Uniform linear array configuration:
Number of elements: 24
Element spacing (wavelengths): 0.5
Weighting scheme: blackman
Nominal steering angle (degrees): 60
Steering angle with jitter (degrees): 61.87
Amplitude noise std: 0.05
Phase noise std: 0.05

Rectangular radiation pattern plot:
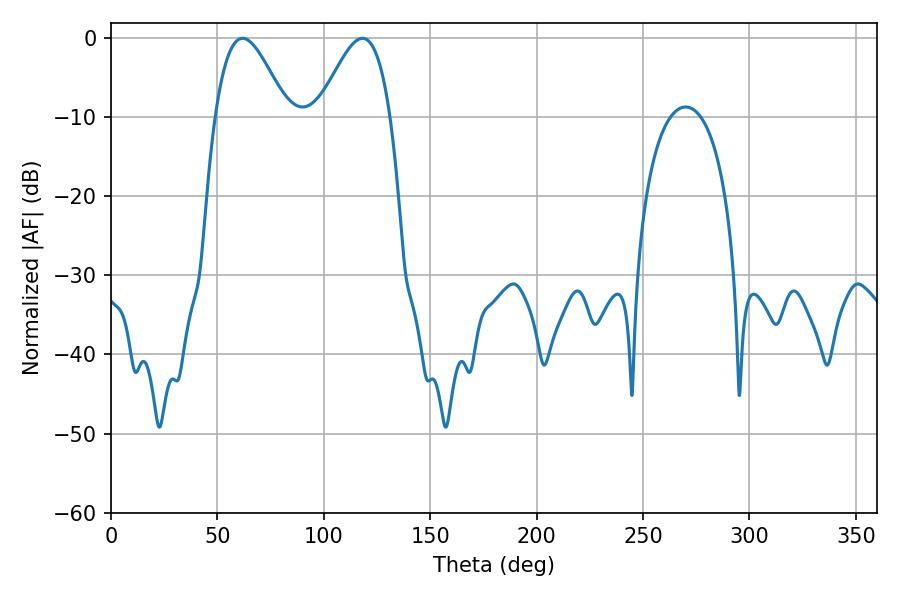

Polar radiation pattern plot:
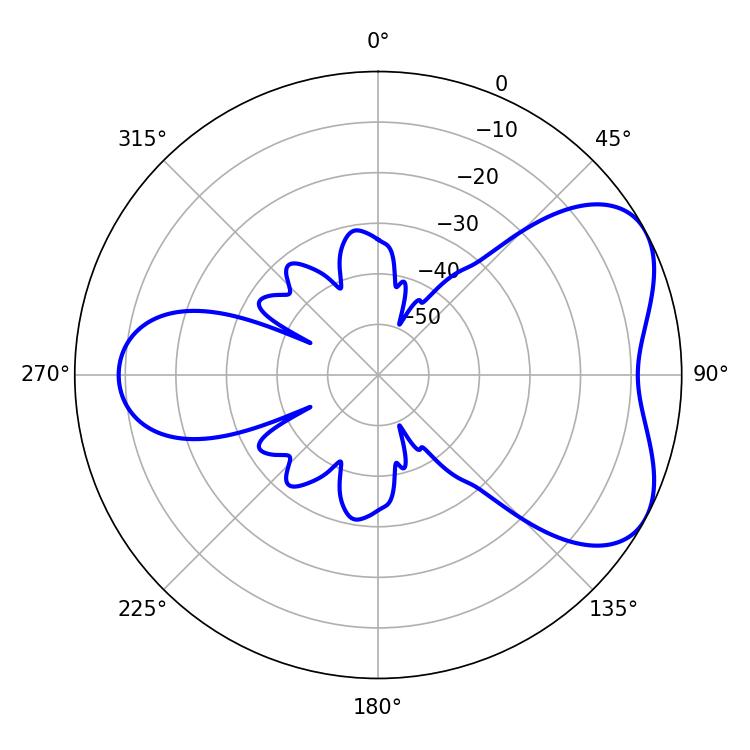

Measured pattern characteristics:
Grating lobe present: FALSE
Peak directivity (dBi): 5.278
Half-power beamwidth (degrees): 18.18
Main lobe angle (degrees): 61.74